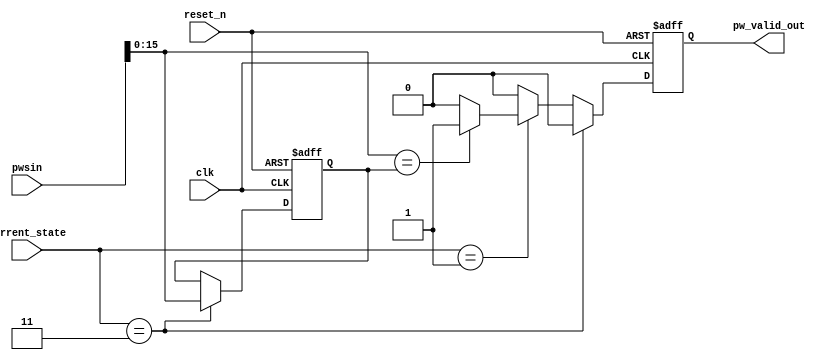
//Kang HB
`timescale 1ns / 1ps
module password_verifier(
input clk,
input reset_n,
input[16:0] pwsin,
input[1:0] current_state,
output reg pw_valid_out
);

reg [15:0] pswd;



always @(posedge clk or negedge reset_n) begin
    if(!reset_n)begin
        pswd[3:0] <= 4'd4;
		pswd[7:4] <= 4'd3;
		pswd[11:8] <= 4'd2;
		pswd[15:12] <= 4'd1;
		pw_valid_out <= 0;
    end
	else if(current_state==2'b11)begin
		pswd <= pwsin[15:0];
		pw_valid_out <= 0;
	end
	
	else if (current_state==2'b01)begin
		if(pwsin[15:0]==pswd) begin
			pw_valid_out <= 1;
		end
		else begin
			pw_valid_out <= 0;
		end
	end
    else begin
        pw_valid_out <= 0;
    end
end

endmodule